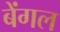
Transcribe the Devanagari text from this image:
बेंगल